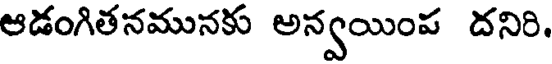
ఆడంగితనమునకు అన్వయింప దనిరి.